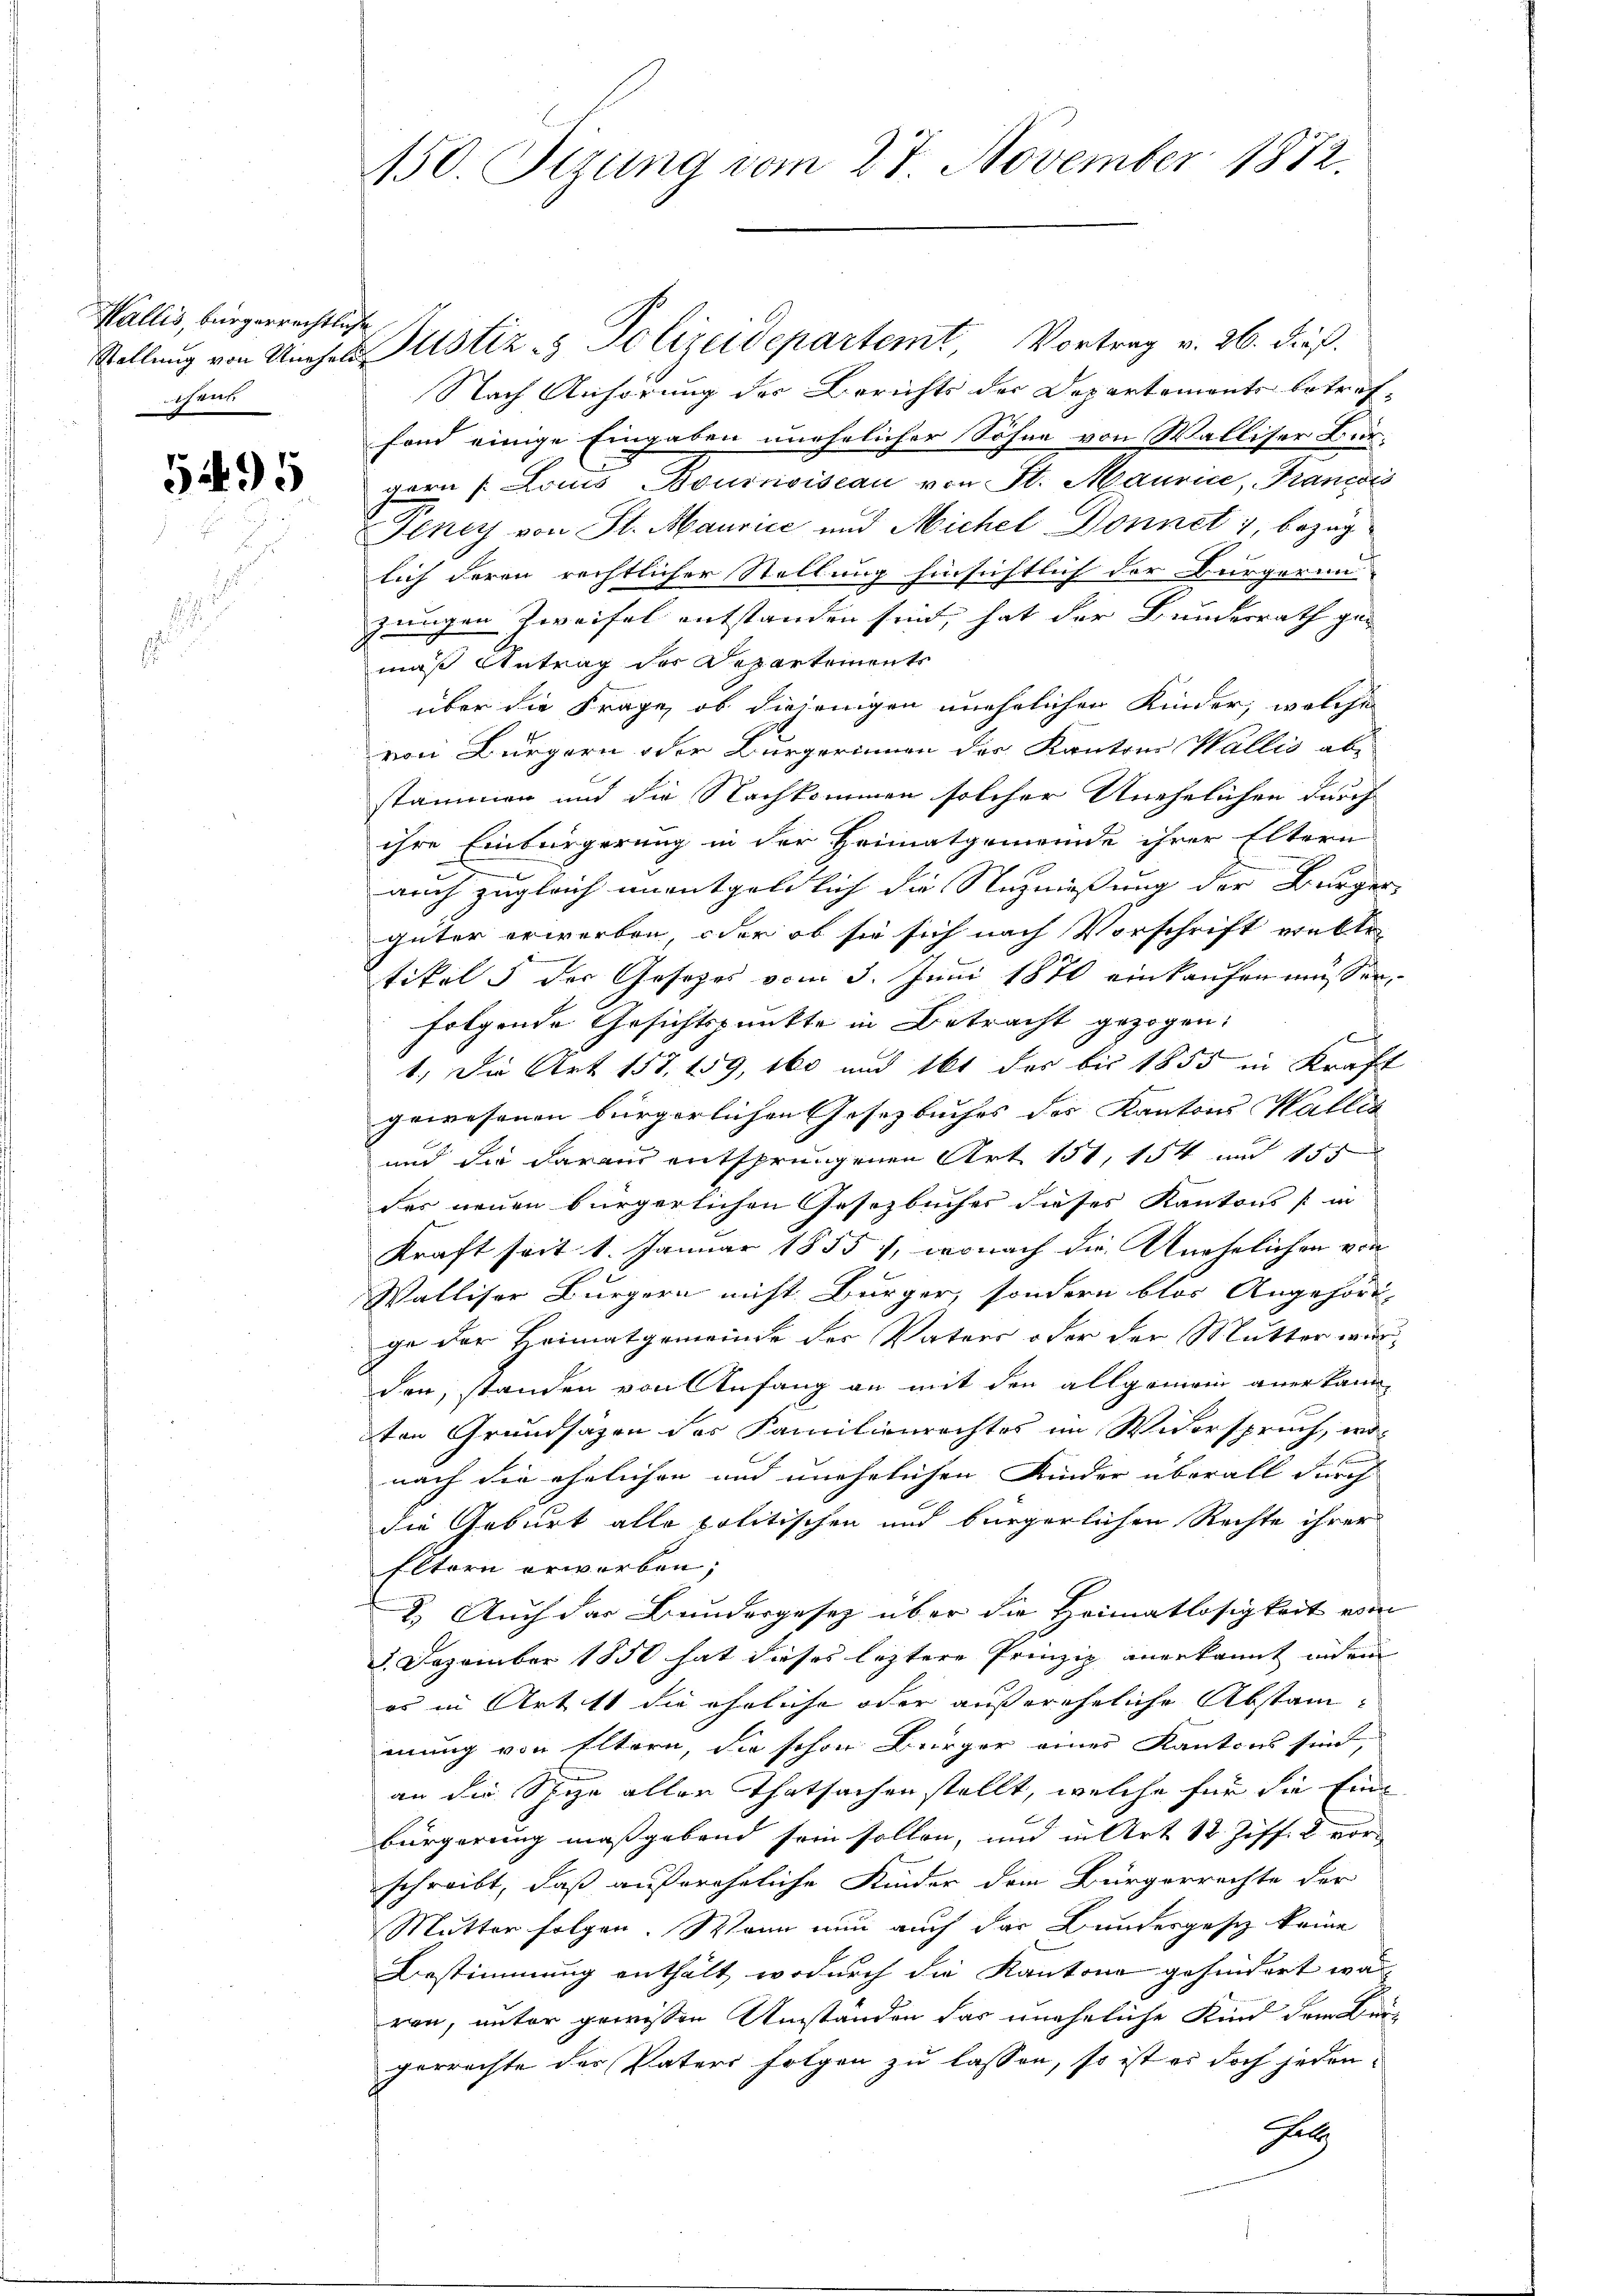
Wallis, bürgerrechtliche
sen

5495

2

150. Sizung vom 27. November 1872.

Stellung von Umher Justiz- & Polizeidepartemt, Vortrag v. 26. dieß.
Nach Anhörung des Berichts der Departements betreffond einige Eingaben unehelicher Söhne von Walliser Burgern / Louis Bouinoiseau von St. Maurice, Francis
Peney von St. Maurice und Michel Donnet, bezuglich deren rechtlicher Stellung hinsichtlich der Bürgerin-
zungen Zweifel entstanden sind, hat der Bundesrath ge-
mäß Antrag der Departements
über die Frage, ob diejenigen unehelichen Kinder, welche
von Bürgern oder Bürgerinnen der Kantons Wallis ab-
stammen und die Nachkommen solcher Unehelichen durch
ihre Einbürgerung in der Heimatgemeinde ihrer Eltern
auch zugleich unentgeldlich die Rezniessung der Bürger- |
güter erwerben, oder ob sie sich nach Vorschrift einste
tikel 5 der Gesetzes vom 3. Juni 1870 einkaufen müssen,
folgende Gesichtspunkte in Betracht gezogen.
ch
1.) Die Art. 157, 159, 160 und 161 des bis 1855 in Kraft
gewesenen bürgerlichen Gesetzbuches des Kantons Wallis
und die daraus entsprungenen Art. 151, 154 und 155
des neuen bürgerlichen Gesetzbuches dieses Kantons (in
Kraft seit 1. Januar 1855, wonach die Unehelichen von
Walliser Bürgern nicht Bürger, sondern blos Angehörd
ge der Heimatgemeinde der Vaters oder der Mutter wird
den, standen von Anfang an mit den allgemein anerkann
ten Grundsäzen des Familienrechtes im Widerspruch, wo-
nach die ehelichen und unehelichen Kinder überall durch
die Geburt alle politischen und bürgerlichen Rechte ihrer
Eltern erworben;
2.) Auch das Bundergesetz über die Heimatlosigkeit vom
8. Dezember 1850 hat dieses leztere Prinzip anerkannt in ein
es in Art 11 die ähnliche oder außereheliche Abstanmung von Eltern, die schon Bürger eines Kantons sind,
s
an die Spize aller Thatsachen stellt, welche für die Eine
bürgerung maßgebend sein sollen, und in Art 12. Ziff. 2 vorschreibt, daß außereheliche Kinder dem Bürgerrechte der
Mutter folgen. Wann nun auch das Bundergesetz keine
Bestimmung enthält, wodurch die Kantone gehindert war,
ren, unter gewissen Umständen das uneheliche Kind dem Kin-
gerrechte der Paters folgen zu lassen, so ist es doch jeden-
Zu